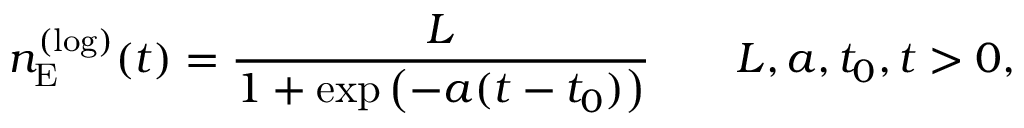
n _ { \mathrm { E } } ^ { ( \mathrm { l o g } ) } ( t ) = \frac { L } { 1 + \exp \left( - a ( t - t _ { 0 } ) \right) } \qquad L , a , t _ { 0 } , t > 0 ,